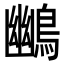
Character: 𪃨